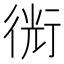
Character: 𧗯